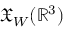
\mathfrak { X } _ { W } ( \mathbb { R } ^ { 3 } )